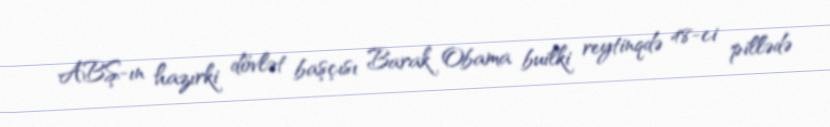
ABŞ-ın hazırki dövlət başçısı Barak Obama builki reytinqdə 48-ci pillədə